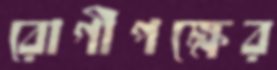
রোগীপক্ষের